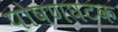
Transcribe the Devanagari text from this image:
पोषणघटक